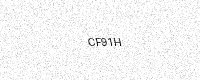
Text: CF91H